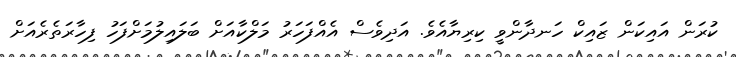
ކުރަން އައިކަން ޒައިކް ހަނދާންވީ ކިރިޔާއެވެ. އަދިވެސް އެއްފަހަރު މަލްކާއަށް ބަލައިލުމަށްފަހު ފިހާރަތެރެއަށް